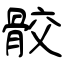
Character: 骹